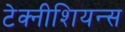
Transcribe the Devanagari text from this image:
टेक्नीशियन्स